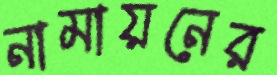
নামায়নের